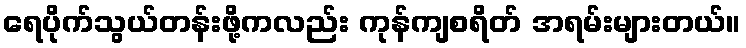
ရေပိုက်သွယ်တန်းဖို့ကလည်း ကုန်ကျစရိတ် အရမ်းများတယ်။